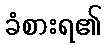
ခံစားရ၏